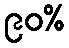
၉၀%